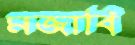
মজাবি